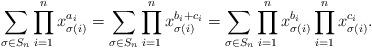
LaTeX: \begin{align*}\sum_{\sigma \in S_n} \prod_{i=1}^n x_{\sigma(i)}^{a_i} & = \sum_{\sigma \in S_n} \prod_{i=1}^n x_{\sigma(i)}^{b_i+c_i} = \sum_{\sigma \in S_n} \prod_{i=1}^n x_{\sigma(i)}^{b_i} \prod_{i=1}^n x_{\sigma(i)}^{c_i}. \end{align*}